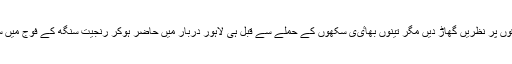
تخت لاہور نے ان علاقوں پر نظریں گھاڑ دیں مگر تینوں بھاٸی سکھوں کے حملے سے قبل ہی لاہور دربار میں حاضر ہوکر رنجیت سنگھ کے فوج میں سپاہی بھرتی ہوگٸے۔